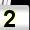
Digit: 2